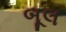
બૂલ